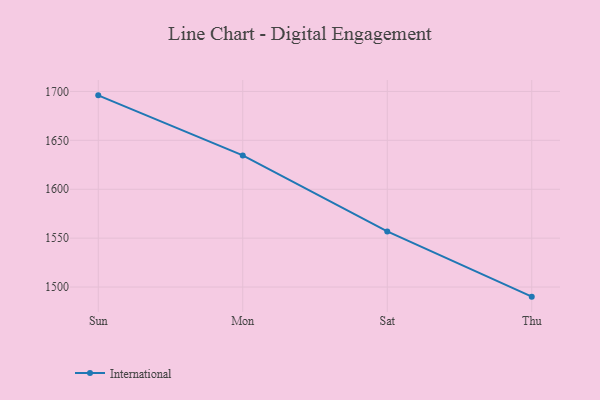
{"axis": {"x": "Day", "y": "Latency (ms)"}, "legend": ["International"], "data": [{"x": "Sun", "y": 1696.0, "type": "International"}, {"x": "Mon", "y": 1634.6, "type": "International"}, {"x": "Sat", "y": 1556.9, "type": "International"}, {"x": "Thu", "y": 1490.2, "type": "International"}]}